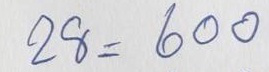
28 = 600